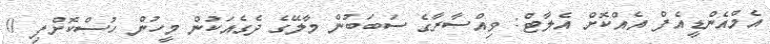
އެމްއެންޑީއެފް އެއްކޮށް އެލާޓް: ވިއްސާރާގެ ސަބަބުން މާލޭގެ ދެގެއަކުން މީހުން ހުސްކޮށްފި 0